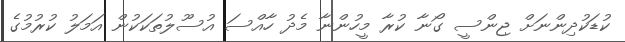
ކުޑަކުދިންނަށް ޖިންސީ ގޯނާ ކުރާ މީހުންނާ މެދު ހާއްސަ އުސޫލުތަކަކުން އަމަލު ކުރުމުގެ